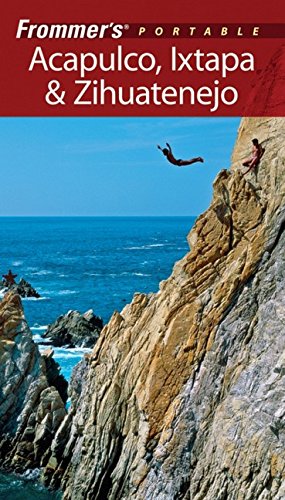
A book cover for Frommer's Portable Acapulco, Ixtapa & Zihuatanejo; Juan Cristiano; Travel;